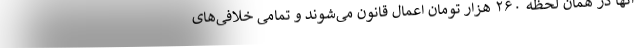
آنها در همان لحظه ۲۶۰ هزار تومان اعمال قانون می‌شوند و تمامی خلافی‌های